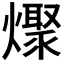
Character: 𰟪